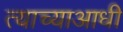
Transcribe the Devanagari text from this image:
त्याच्याआधी